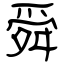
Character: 舜